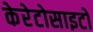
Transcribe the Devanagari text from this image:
केरेटोसाइटों